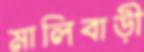
মালিবাড়ী